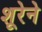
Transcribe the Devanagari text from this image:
शूरेने